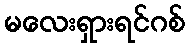
မလေးရှားရင်ဂစ်